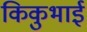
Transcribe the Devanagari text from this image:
किकुभाई